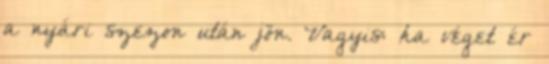
a nyári szezon után jön. Vagyis: ha véget ér